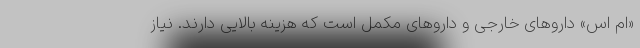
«ام اس» داروهای خارجی و داروهای مکمل است که هزینه بالایی دارند. نیاز